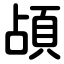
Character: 頕